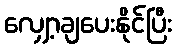
လျှော့ချပေးနိုင်ပြီး